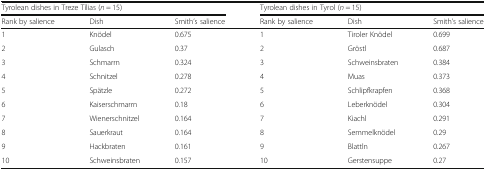
| <COLSPAN=3> Tyrolean dishes in Treze Tílias (n = 15) | <COLSPAN=3> Tyrolean dishes in Tyrol (n = 15) |
 | Rank by salience | Dish | Smith’s salience | Rank by salience | Dish | Smith’s salience |
 | --- | --- | --- | --- | --- | --- |
 | 1 | Knödel | 0.675 | 1 | Tiroler Knödel | 0.699 |
 | 2 | Gulasch | 0.37 | 2 | Gröstl | 0.687 |
 | 3 | Schmarrn | 0.324 | 3 | Schweinsbraten | 0.384 |
 | 4 | Schnitzel | 0.278 | 4 | Muas | 0.373 |
 | 5 | Spätzle | 0.272 | 5 | Schlipfkrapfen | 0.368 |
 | 6 | Kaiserschmarrn | 0.18 | 6 | Leberknödel | 0.304 |
 | 7 | Wienerschnitzel | 0.164 | 7 | Kiachl | 0.291 |
 | 8 | Sauerkraut | 0.164 | 8 | Semmelknödel | 0.29 |
 | 9 | Hackbraten | 0.161 | 9 | Blattln | 0.267 |
 | 10 | Schweinsbraten | 0.157 | 10 | Gerstensuppe | 0.27 |